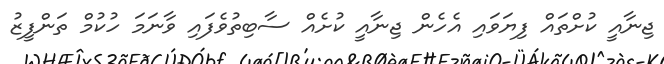
ޖިނާއީ ކުށްތައް ފިޔަވައި އެހެން ޖިނާއީ ކުށެއް ސާބިތުވެފައި ވާނަމަ ހުކުމް ތަންފީޒު